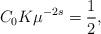
LaTeX: \begin{align*}C_0 K \mu^{-2s} = \frac{1}{2},\end{align*}